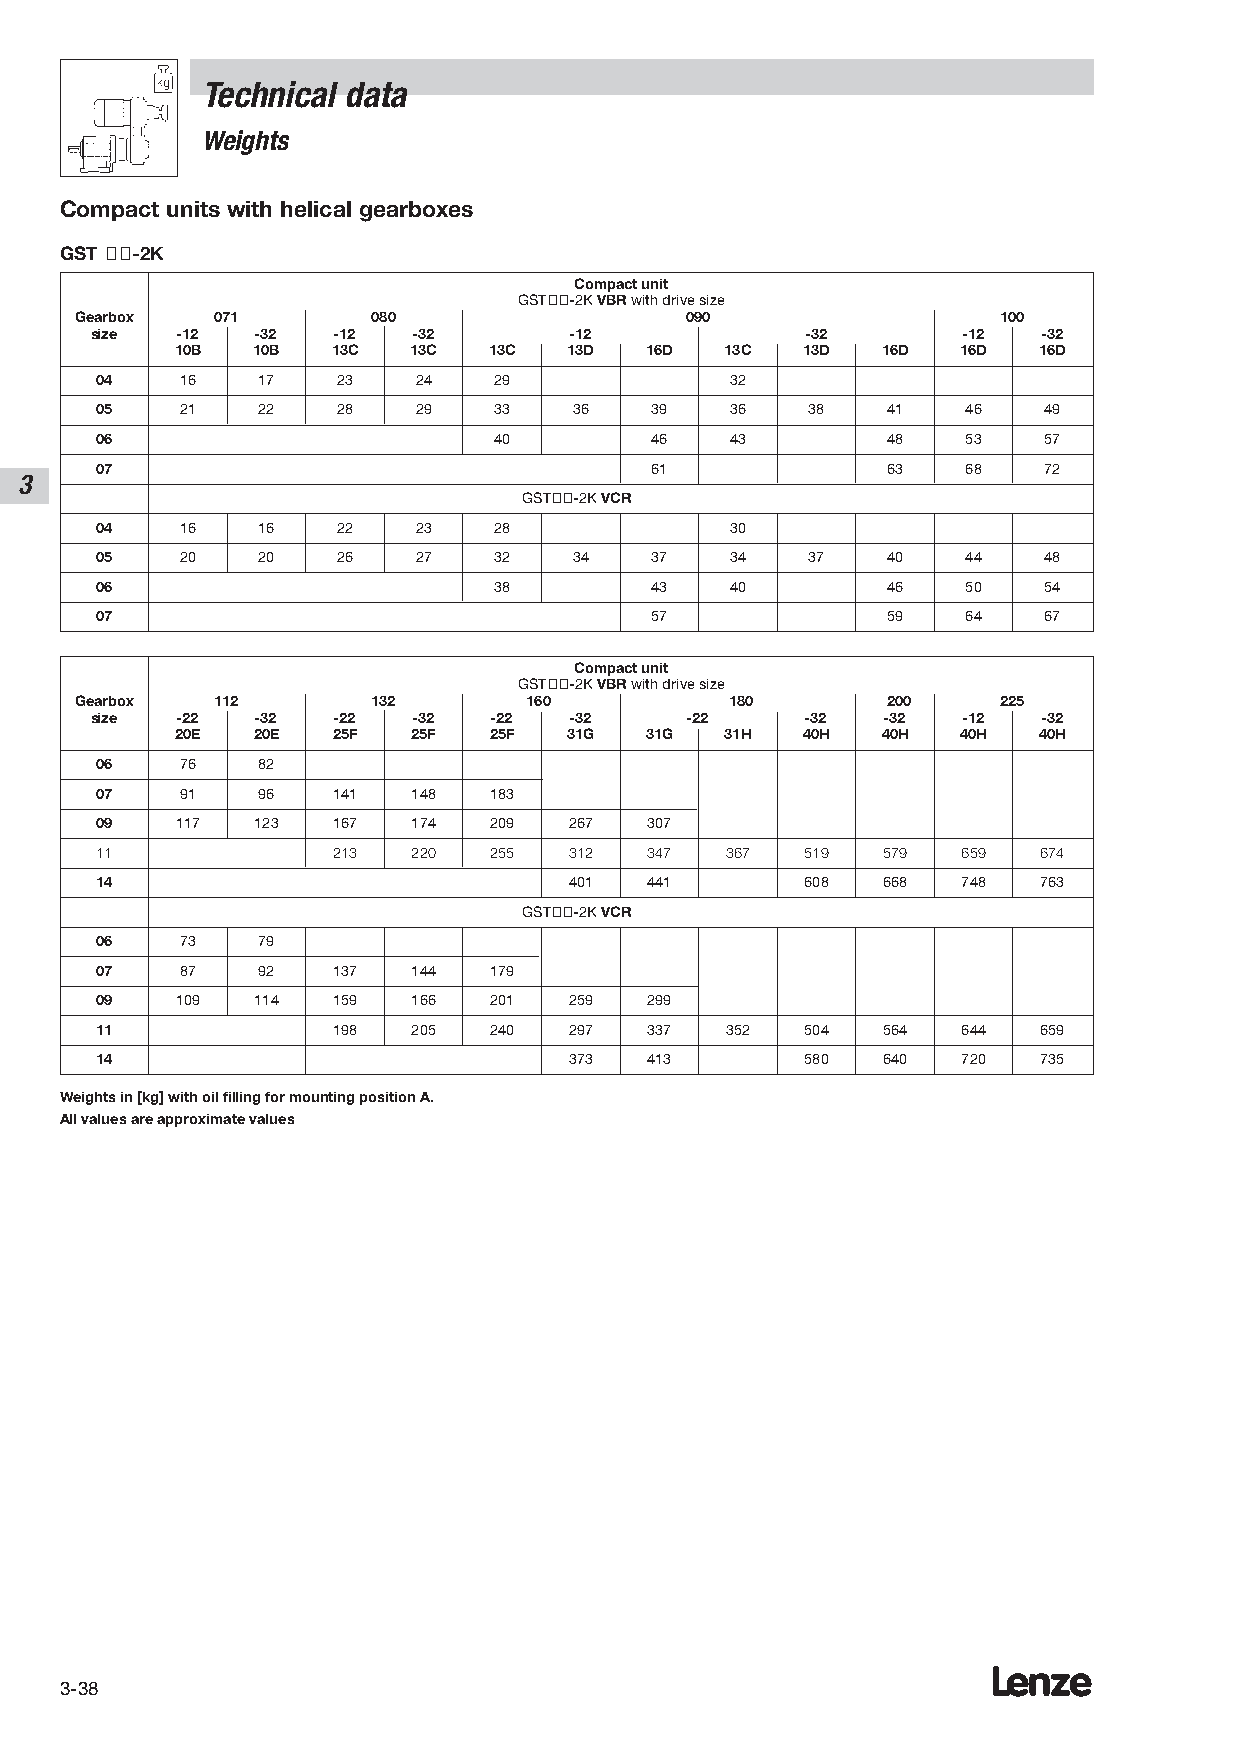
Technical data
 Weights
 Compact units with helical gearboxes
 GST ÇÇ-2K
 Compact unit
 GSTÇÇ-2K VBRwith drive size
 Gearbox  071        080                 090                  100
 size  -12  -32  -12  -32        -12            -32        -12  -32
 10B  10B  13C  13C  13C   13D  16D  13C  13D  16D   16D  16D
 04    16   17   23   24    29             32
 05    21   22   28   29    33   36   39   36    38   41   46   49
 06                         40        46   43         48   53   57
 07                                   61              63   68   72
 3
 GSTÇÇ-2K VCR
 04    16   16   22   23    28             30
 05    20   20   26   27    32   34   37   34    37   40   44   48
 06                         38        43   40         46   50   54
 07                                   57              59   64   67
 Compact unit
 GSTÇÇ-2K VBRwith drive size
 Gearbox  112        132       160          180        200    225
 size  -22  -32  -22  -32   -22  -32    -22     -32   -32  -12  -32
 20E  20E  25F  25F  25F   31G  31G  31H  40H  40H   40H  40H
 06    76   82
 07    91   96   141  148  183
 09    117  123  167  174  209   267  307
 11              213  220  255   312  347  367  519  579   659  674
 14                              401  441       608  668   748  763
 GSTÇÇ-2K VCR
 06    73   79
 07    87   92   137  144  179
 09    109  114  159  166  201   259  299
 11              198  205  240   297  337  352  504  564   644  659
 14                              373  413       580  640   720  735
 Weights in [kg] with oil filling for mounting position A.
 All values are approximate values
 Lenze
 3-38